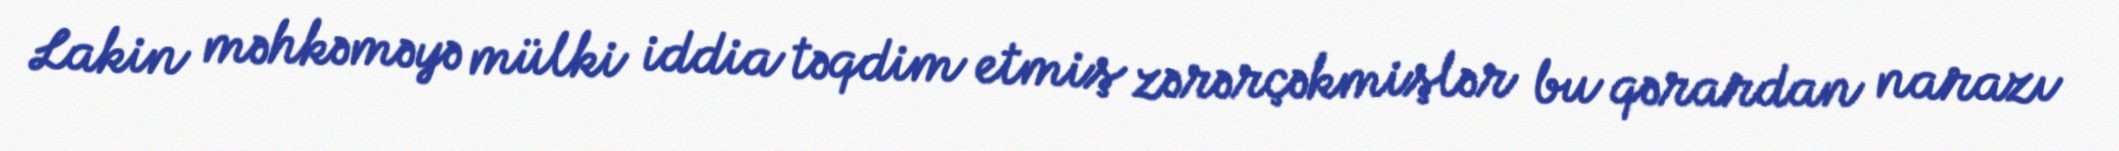
Lakin məhkəməyə mülki iddia təqdim etmiş zərərçəkmişlər bu qərardan narazı